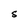
Character: S